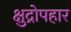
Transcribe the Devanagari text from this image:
क्षुद्रोपहार